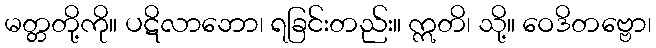
မတ္တတို့ကို။ ပဋိလာဘော၊ ရခြင်းတည်း။ ဣတိ၊ သို့။ ဝေဒိတဗ္ဗော၊